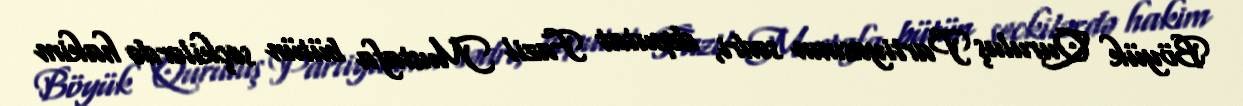
Böyük Quruluş Partiyasının sədri, deputat Fazil Mustafa bütün seçkilərdə hakim